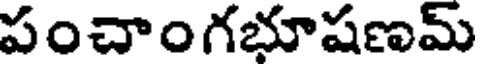
పంచాంగభూషణమ్